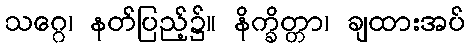
သဂ္ဂေ၊ နတ်ပြည့်၌။ နိက္ခိတ္တာ၊ ချထားအပ်